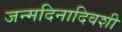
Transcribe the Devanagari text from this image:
जन्मदिनादिवशी